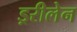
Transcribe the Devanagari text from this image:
ड्ररीलेन